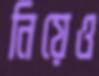
নিয়েও